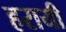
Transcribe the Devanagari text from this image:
हरायी